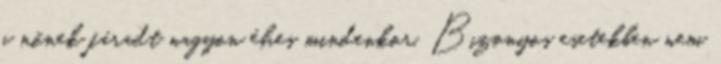
a nőnek fáradt nagyon éhes mindenkor. Bizonyos esetekben nem